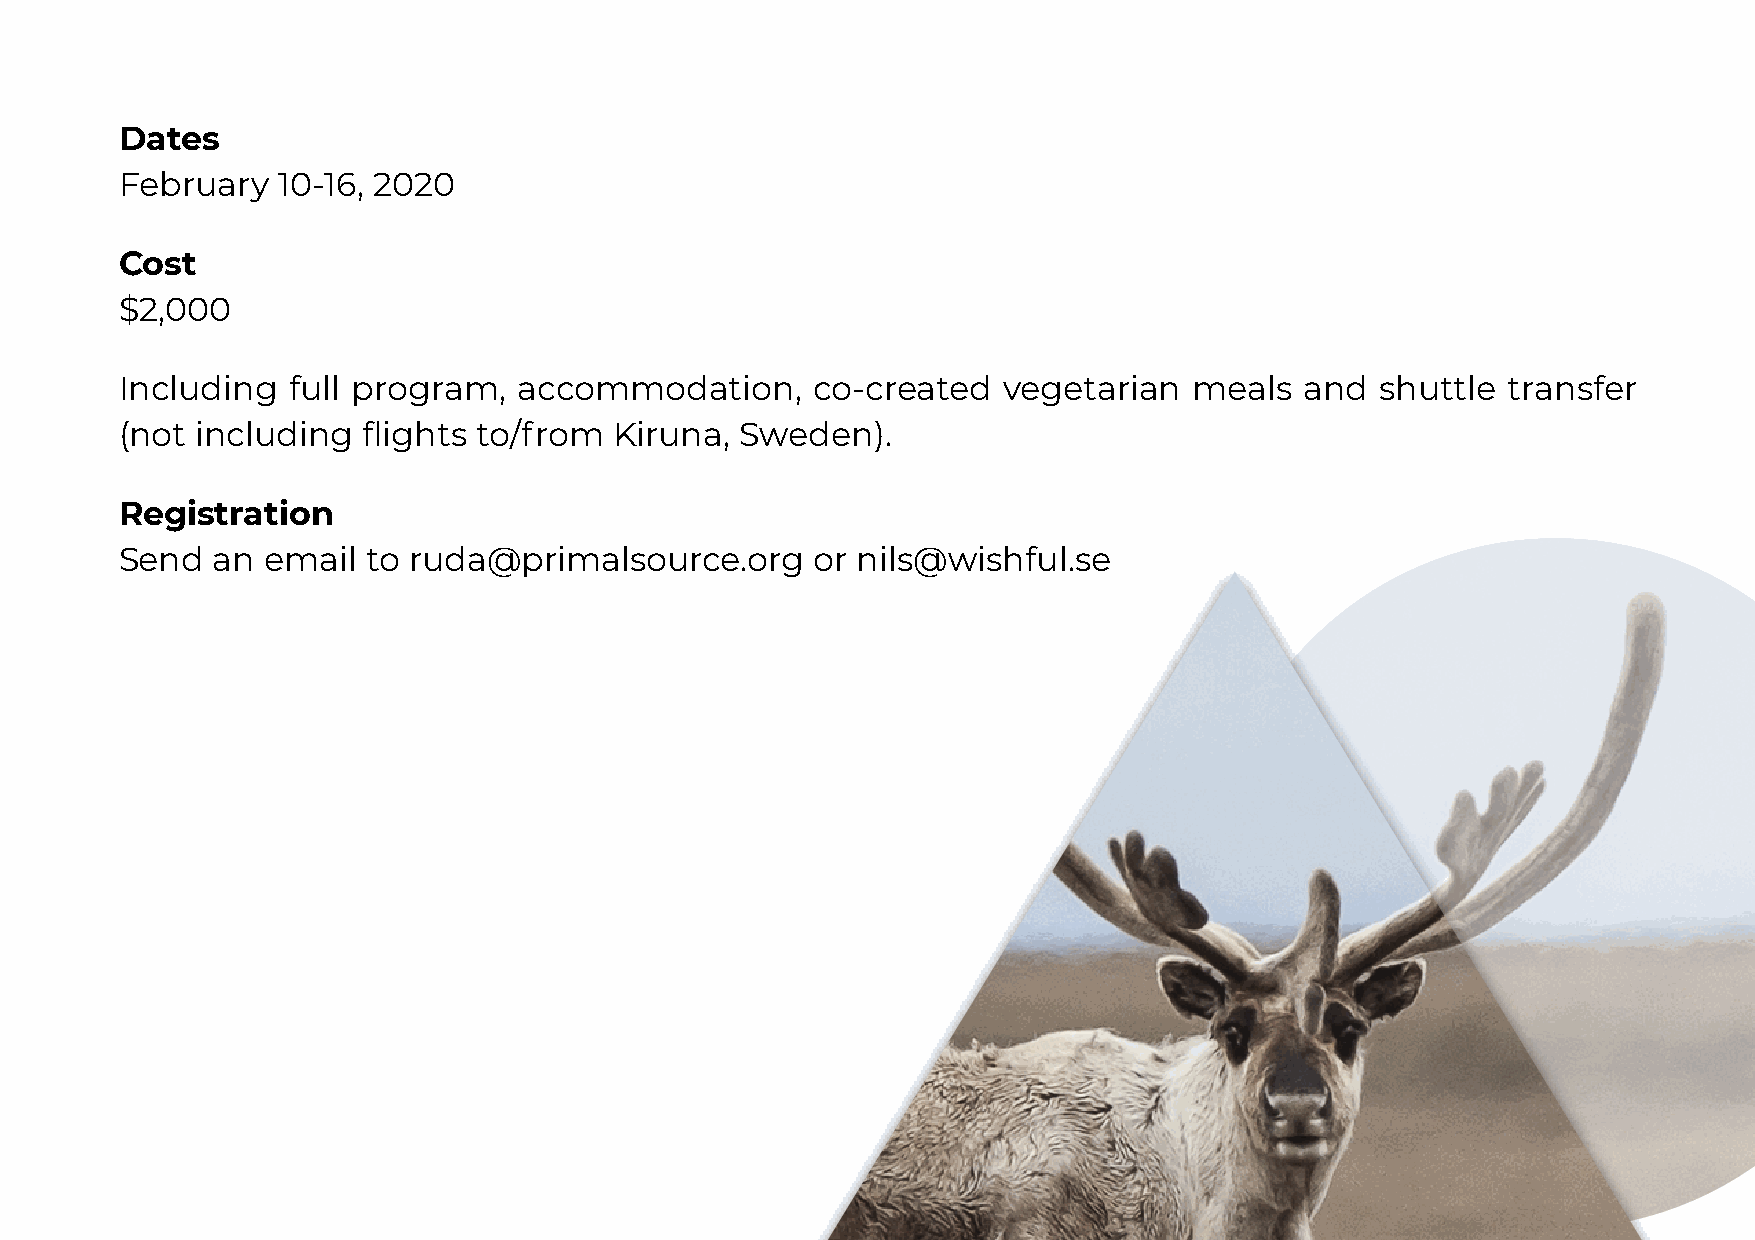
Dates
 February  10-16, 2020
 Cost
 $2,000
 Including  full program,  accommodation,      co-created  vegetarian   meals  and  shuttle  transfer
 (not including  flights to/from  Kiruna, Sweden).
 Registration
 Send  an email  to ruda@primalsource.org      or nils@wishful.se